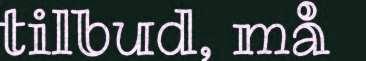
tilbud, må